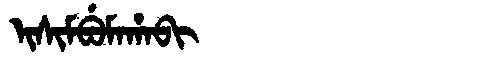
Manchu: ᡳᠰᡳᠮᠪᡠᠮᠠᡥᠠᠪᡳ
Romanization: ISIMBUMAHABI